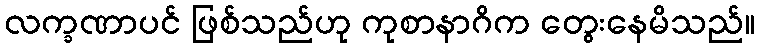
လက္ခဏာပင် ဖြစ်သည်ဟု ကုစာနာဂိက တွေးနေမိသည်။